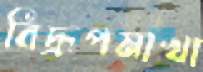
বিদ্রূপমাখা